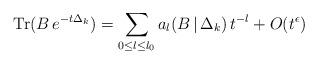
LaTeX: \begin{align*}\mbox{Tr}(B\,e^{-t\Delta_k})=\sum_{0{\leq}l{\leq}l_0}a_l(B\,|\,\Delta_k)\,t^{-l}+O(t^{\epsilon})\end{align*}